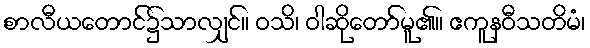
စာလီယတောင်၌သာလျှင်။ ဝသိ၊ ဝါဆိုတော်မူ၏။ ဧကူနဝီသတိမံ၊